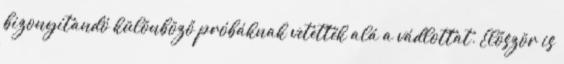
bizonyítandó különböző próbáknak vetették alá a vádlottat. Először is